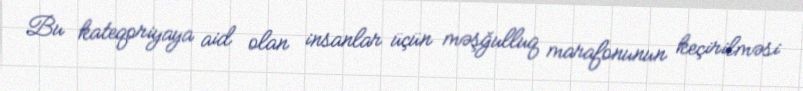
Bu kateqoriyaya aid olan insanlar üçün məşğulluq marafonunun keçirilməsi